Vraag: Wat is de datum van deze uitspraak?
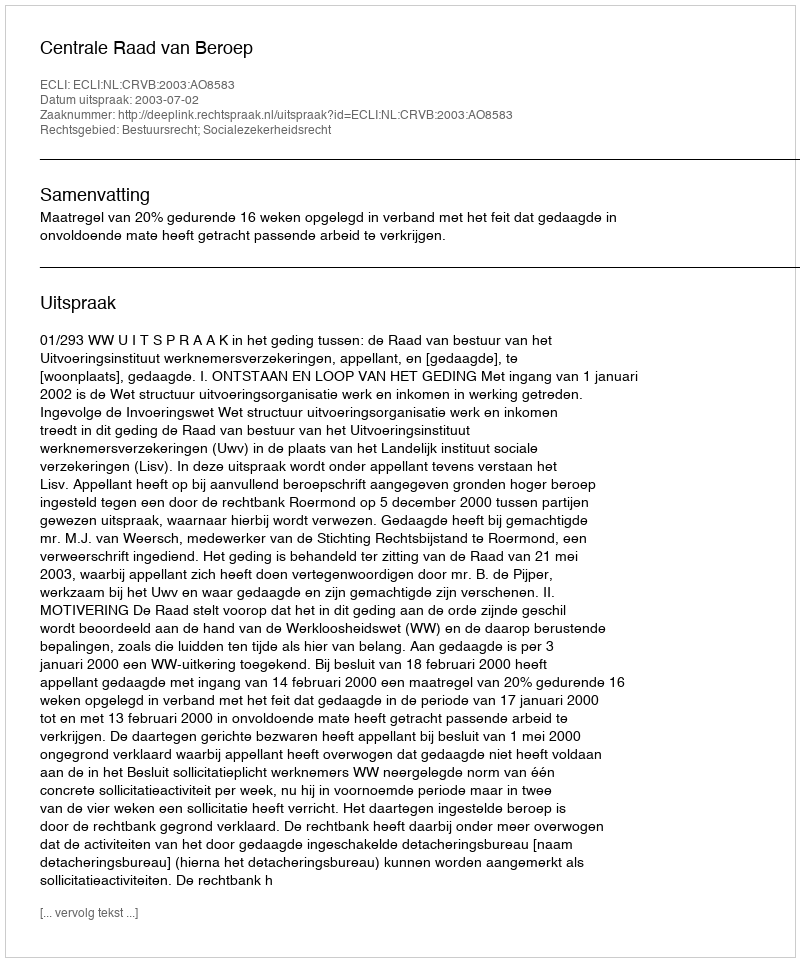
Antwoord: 2003-07-02